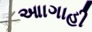
આાગાહી